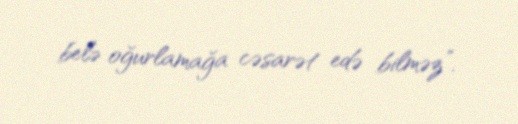
belə oğurlamağa cəsarət edə bilməz”.